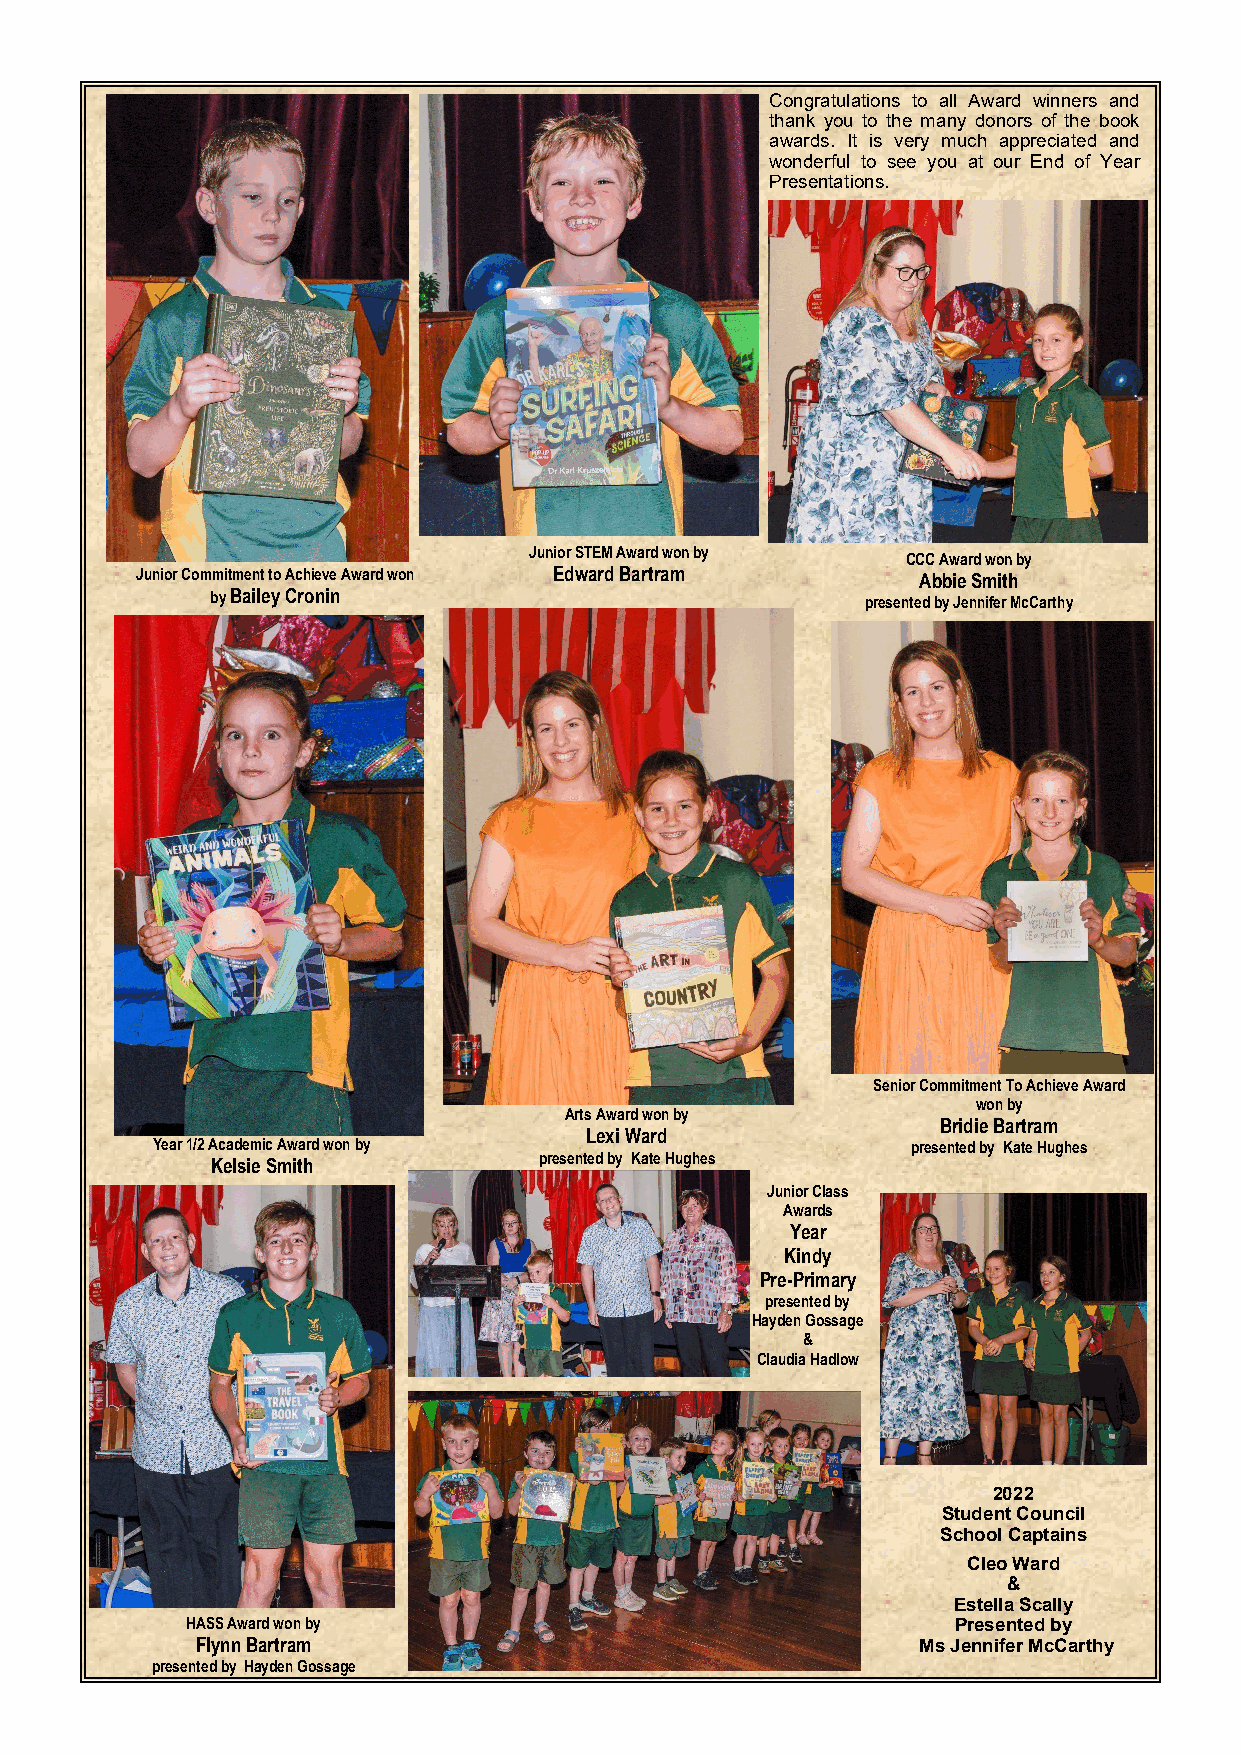
Congratulations to all Award winners and
 thank you to the many donors of the book
 awards. It is very much appreciated and
 wonderful to see you at our End of Year
 Presentations.
 Junior STEM Award won by
 CCC Award won by
 Junior Commitment to Achieve Award won Edward Bartram Abbie Smith
 by Bailey Cronin                           presented by Jennifer McCarthy
 Senior Commitment To Achieve Award
 won by
 Arts Award won by
 Bridie Bartram
 Lexi Ward
 Year 1/2 Academic Award won by                    presented by Kate Hughes
 Kelsie Smith          presented by Kate Hughes
 Junior Class
 Awards
 Year
 Kindy
 Pre-Primary
 presented by
 Hayden Gossage
 &
 Claudia Hadlow
 2022
 Student Council
 School Captains
 Cleo Ward
 &
 Estella Scally
 HASS Award won by                                  Presented by
 Flynn Bartram                                   Ms Jennifer McCarthy
 presented by Hayden Gossage